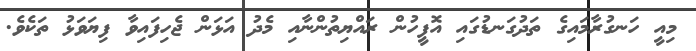
މިއީ ހަނގުރާމައިގެ ތަދުގަނޑުގައި އޮފީހުން ރައްޔިތުންނާއި މެދު އަޅަން ޖެހިފައިވާ ފިޔަވަޅު ތަކެވެ.